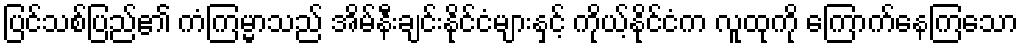
ပြင်သစ်ပြည်၏ ကံကြမ္မာသည် အိမ်နီးချင်းနိုင်ငံများနှင့် ကိုယ့်နိုင်ငံက လူထုကို ကြောက်နေကြသော